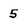
Character: 5